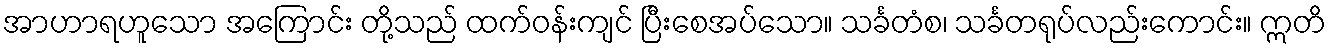
အာဟာရဟူသော အကြောင်း တို့သည် ထက်ဝန်းကျင် ပြီးစေအပ်သော။ သင်္ခတံစ၊ သင်္ခတရုပ်လည်းကောင်း။ ဣတိ